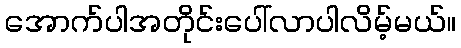
အောက်ပါအတိုင်းပေါ်လာပါလိမ့်မယ်။